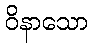
ဝိနာသော